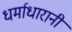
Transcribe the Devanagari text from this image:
धर्माधारानी